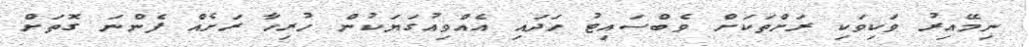
ނިމޭއިރު ވަކިވަކި ރަށްތަކަށް ވެބްސައިޓު ހަދައި އެއްވިއުގަޔަކުން ހުރިހާ ރަށެއް ފެންނަ ގޮތަށް